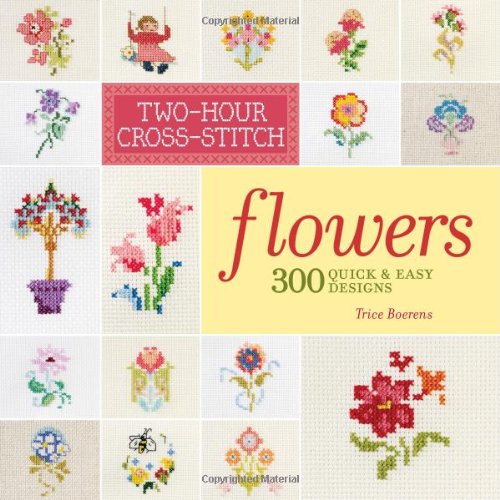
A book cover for Two-Hour Cross-Stitch: Flowers: 300 Quick & Easy Designs; Patrice Boerens; Crafts, Hobbies & Home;